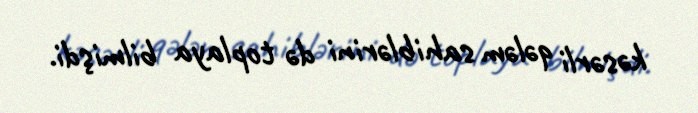
kəsərli qələm sahiblərini də toplaya bilmişdi.